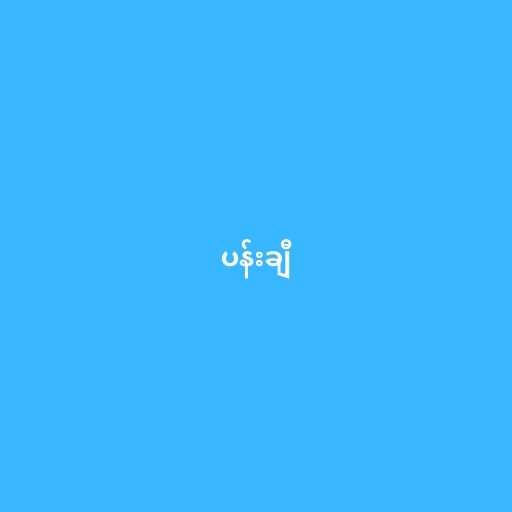
ပန်းချီ